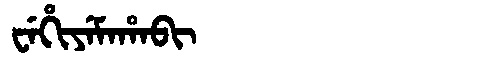
Manchu: ᠸᡝᡥᡳᠶᡝᠮᠠᡥᠠᠪᡳ
Romanization: WEHIYEMAHABI